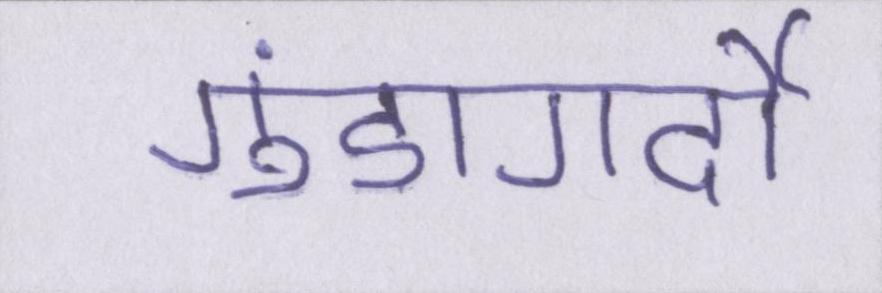
गुंडागर्दी